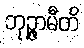
ဘုဉ္ဇာမီတိ